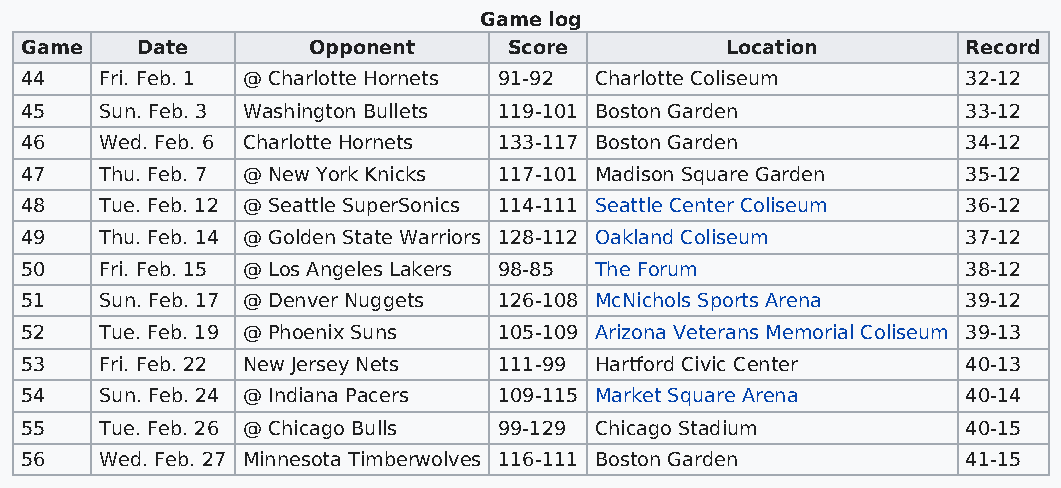
Game log
 Game    Date       Opponent      Score         Location        Record
 44    Fri. Feb. 1 @ Charlotte Hornets 91-92 Charlotte Coliseum 32-12
 45    Sun. Feb. 3 Washington Bullets 119-101 Boston Garden     33-12
 46    Wed. Feb. 6 Charlotte Hornets 133-117 Boston Garden      34-12
 47    Thu. Feb. 7 @ New York Knicks 117-101 Madison Square Garden 35-12
 48    Tue. Feb. 12 @ Seattle SuperSonics 114-111 Seattle Center Coliseum 36-12
 49    Thu. Feb. 14 @ Golden State Warriors 128-112 Oakland Coliseum 37-12
 50    Fri. Feb. 15 @ Los Angeles Lakers 98-85 The Forum        38-12
 51    Sun. Feb. 17 @ Denver Nuggets 126-108 McNichols Sports Arena 39-12
 52    Tue. Feb. 19 @ Phoenix Suns 105-109 Arizona Veterans Memorial Coliseum 39-13
 53    Fri. Feb. 22 New Jersey Nets 111-99 Hartford Civic Center 40-13
 54    Sun. Feb. 24 @ Indiana Pacers 109-115 Market Square Arena 40-14
 55    Tue. Feb. 26 @ Chicago Bulls 99-129 Chicago Stadium      40-15
 56    Wed. Feb. 27 Minnesota Timberwolves 116-111 Boston Garden 41-15